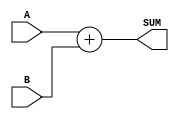
module Sumador_8b (
	input[7:0]	A,B,	//	Operandos
	output[7:0]	SUM		//	Suma
	);	 
	
	assign	SUM = A + B;
	
endmodule